General report no. 6 on the lunatic asylums, vaccination and dispensaries in the Bengal Presidency, 1873 -
Year: 1873
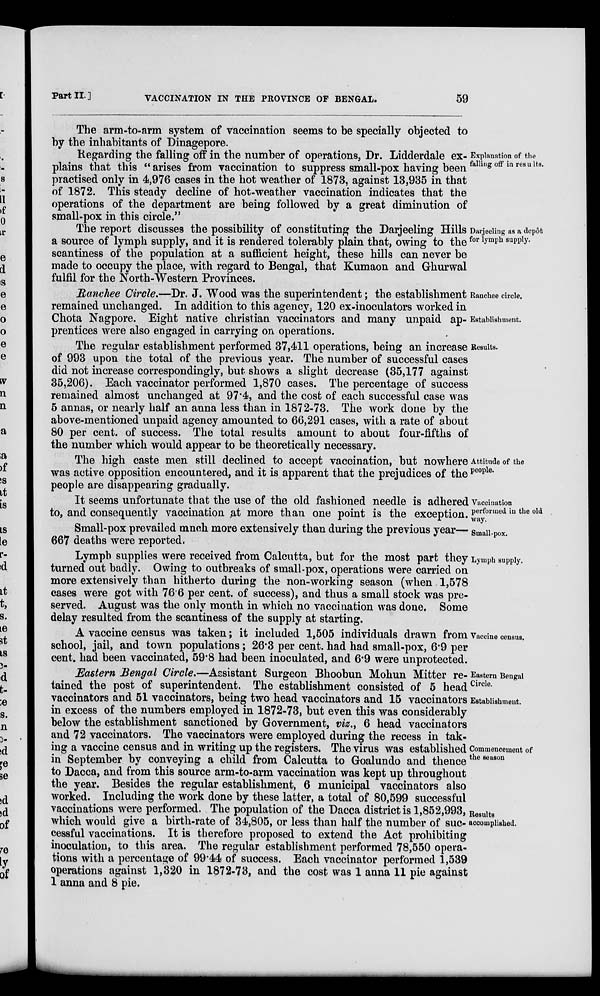
Part II.]
VACCINATION IN THE PROVINCE OF BENGAL.
59
The arm-to-arm system of vaccination seems to be specially objected to
by the inhabitants of Dinagepore.
Explanation of the
falling off in results.
Regarding the falling off in the number of operations, Dr. Lidderdale ex-
plains that this " arises from vaccination to suppress small-pox having been
practised only in 4,976 cases in the hot weather of 1873, against 13,935 in that
of 1872. This steady decline of hot-weather vaccination indicates that the
operations of the department are being followed by a great diminution of
small-pox in this circle."
Darjeeling as a depôt
for lymph supply.
The report discusses the possibility of constituting the Darjeeling Hills
a source of lymph supply, and it is rendered tolerably plain that, owing to the
scantiness of the population at a sufficient height, these hills can never be
made to occupy the place, with regard to Bengal, that Kumaon and Ghurwal
fulfil for the North-Western Provinces.
Ranchee circle.
Establishment.
Ranchee Circle.—Dr. J. Wood was the superintendent; the establishment
remained unchanged. In addition to this agency, 120 ex-inoculators worked in
Chota Nagpore. Eight native christian vaccinators and many unpaid ap-
prentices were also engaged in carrying on operations.
Results.
The regular establishment performed 37,411 operations, being an increase
of 993 upon the total of the previous year. The number of successful cases
did not increase correspondingly, but shows a slight decrease (35,177 against
35,206). Each vaccinator performed 1,870 cases. The percentage of success
remained almost unchanged at 97.4, and the cost of each successful case was
5 annas, or nearly half an anna less than in 1872-73. The work done by the
above-mentioned unpaid agency amounted to 66,291 cases, with a rate of about
80 per cent. of success. The total results amount to about four-fifths of
the number which would appear to be theoretically necessary.
Attitude of the
people.
The high caste men still declined to accept vaccination, but nowhere
was active opposition encountered, and it is apparent that the prejudices of the
people are disappearing gradually.
Vaccination
performed in the old
way.
It seems unfortunate that the use of the old fashioned needle is adhered
to, and consequently vaccination at more than one point is the exception.
Small-pox.
Small-pox prevailed much more extensively than during the previous year—
667 deaths were reported.
Lymph supply.
Lympb supplies were received from Calcutta, but for the most part they
turned out badly. Owing to outbreaks of small-pox, operations were carried on
more extensively than hitherto during the non-working season (when 1,578
cases were got with 76.6 per cent. of success), and thus a small stock was pre-
served. August was the only month in which no vaccination was done. Some
delay resulted from the scantiness of the supply at starting.
Vaccine census.
A vaccine census was taken; it included 1,505 individuals drawn from
school, jail, and town populations ; 26.3 per cent. had had small-pox, 6.9 per
cent. had been vaccinated, 59.8 had been inoculated, and 6.9 were unprotected.
Eastern Bengal
Circle.
Establishment.
Commencement of
the season
Results
accomplished.
Eastern Bengal Circle.—Assistant Surgeon Bhoobun Mohun Mitter re-
tained the post of superintendent. The establishment consisted of 5 head
vaccinators and 51 vaccinators, being two head vaccinators and 15 vaccinators
in excess of the numbers employed in 1872-73, but even this was considerably
below the establishment sanctioned by Government, viz., 6 head vaccinators
and 72 vaccinators. The vaccinators were employed during the recess in tak-
ing a vaccine census and in writing up the registers. The virus was established
in September by conveying a child from Calcutta to Goalundo and thence
to Dacca, and from this source arm-to-arm vaccination was kept up throughout
the year. Besides the regular establishment, 6 municipal vaccinators also
worked. Including the work done by these latter, a total of 80,599 successful
vaccinations were performed. The population of the Dacca district is 1,852,993,
which would give a birth-rate of 34,805, or less than half the number of suc-
cessful vaccinations. It is therefore proposed to extend the Act prohibiting
inoculation, to this area. The regular establishment performed 78,550 opera-
tions with a percentage of 99.44 of success. Each vaccinator performed 1,539
operations against 1,320 in 1872-73, and the cost was 1 anna 11 pie against
1 anna and 8 pie.